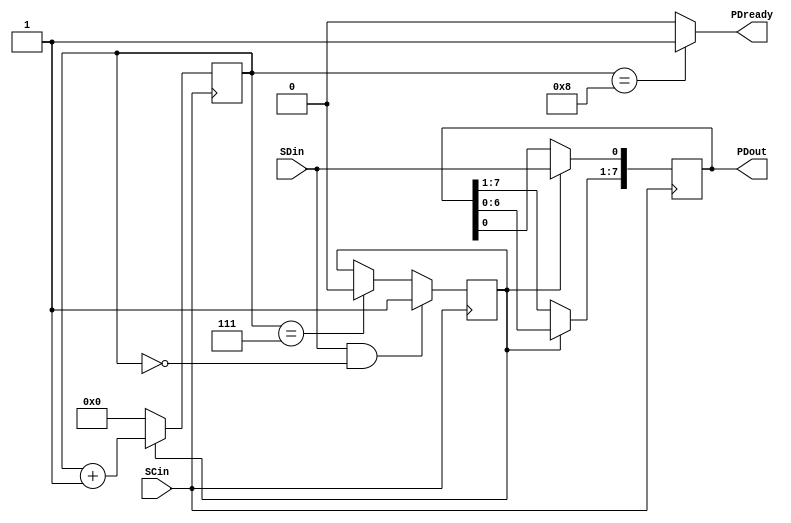
module Rx_LAB5_2_DRF(SCin,SDin,PDout,PDready);
    input SCin;
    input SDin;         // Serial data input
    output [7:0] PDout; // Parallel output
    output PDready;

    reg [7:0] SRreg; // Shift Register
    reg [3:0] Counter;
    reg ctrl;


    always @(posedge SCin)
    begin
        if ( (SDin == 1'b1) && (Counter [3:0] == 4'b0) )     // Data control part
            ctrl <= 1'b1;
        else
            if (Counter[3:0] == 4'd7)
            ctrl <= 1'b0;
            else
            ctrl <= ctrl;
    end


    always @(posedge SCin)                                  // Shift Register
    begin
        if (ctrl == 1'b1)
            begin
                SRreg [7:1] <= SRreg[6:0];
                SRreg [0] <= SDin;
            end
        else
            SRreg [7:0] <= SRreg [7:0];
    end

    always @(posedge SCin)
    begin
        if (ctrl == 1'b0)
            Counter [3:0] <= 4'b0;
        else
            Counter [3:0] <= Counter [3:0] + 4'b1;
    end


assign PDready = (Counter [3:0] == 4'd8) ? 1'b1 : 1'b0;  // Checking data incoming completed
assign PDout [7:0] = SRreg [7:0]; // after data complated send parallel data
 
 
endmodule